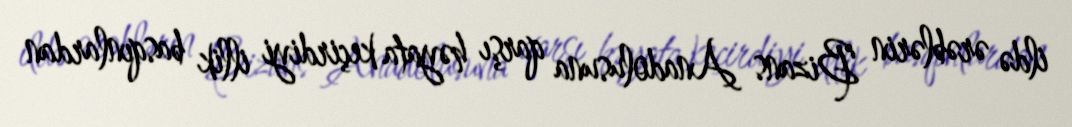
ildə ərəblərin Bizans Anadolusuna qarşı həyata keçirdiyi illik basqınlardan